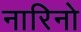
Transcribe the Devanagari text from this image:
नारिनो